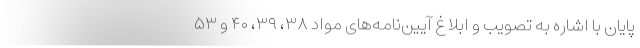
پایان با اشاره به تصویب و ابلاغ آیین‌نامه‌های مواد ۳۸، ۳۹، ۴۰ و ۵۳